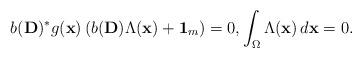
LaTeX: \begin{align*}b(\mathbf{D})^* g(\mathbf{x}) \left(b(\mathbf{D}) \Lambda (\mathbf{x}) + \mathbf{1}_m \right) = 0, \int_{\Omega} \Lambda (\mathbf{x}) \, d \mathbf{x} = 0.\end{align*}